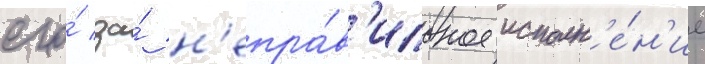
его́ за́ н'епра́в'ильное исполн'е́н'ие